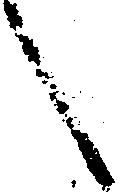
言